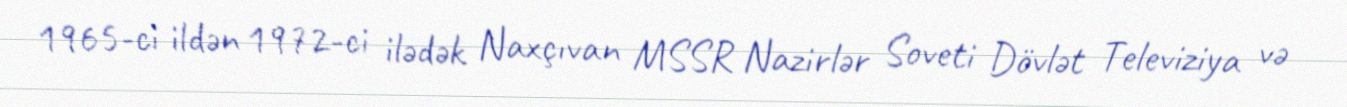
1965-ci ildən 1972-ci ilədək Naxçıvan MSSR Nazirlər Soveti Dövlət Televiziya və